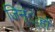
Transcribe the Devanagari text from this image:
जिन््हों